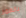
بالعمر